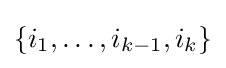
\{i_{1},\ldots ,i_{k-1},i_{k}\}